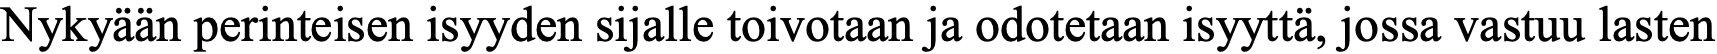
Nykyään perinteisen isyyden sijalle toivotaan ja odotetaan isyyttä, jossa vastuu lasten